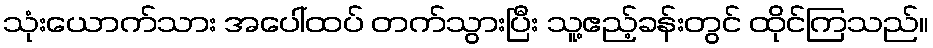
သုံးယောက်သား အပေါ်ထပ် တက်သွားပြီး သူ့ဧည့်ခန်းတွင် ထိုင်ကြသည်။